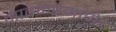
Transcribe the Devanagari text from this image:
मावळेंप्रमाणेच